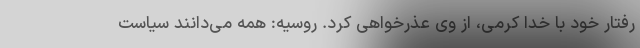
رفتار خود با خدا کرمی، از وی عذرخواهی کرد. روسیه: همه می‌دانند سیاست